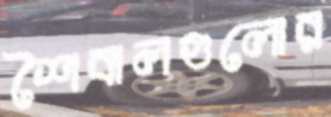
শৈবালগুলোর